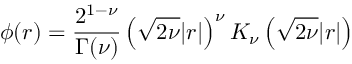
\phi ( r ) = \frac { 2 ^ { 1 - \nu } } { \Gamma ( \nu ) } \left( \sqrt { 2 \nu } | r | \right) ^ { \nu } K _ { \nu } \left( \sqrt { 2 \nu } | r | \right)